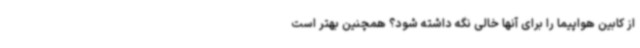
از کابین هواپیما را برای آنها خالی نگه داشته شود؟ همچنین بهتر است